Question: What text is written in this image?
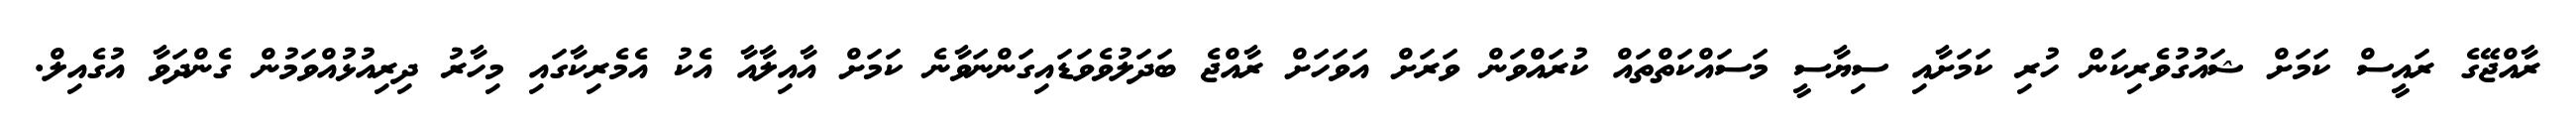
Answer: ރާއްޖޭގެ ރައީސް ކަމަށް ޝައުގުވެރިކަން ހުރި ކަމަށާއި ސިޔާސީ މަސައްކަތްތައް ކުރައްވަން ވަރަށް އަވަހަށް ރާއްޖެ ބަދަލުވެވަޑައިގަންނަވާނެ ކަމަށް އާއިލާއާ އެކު އެމެރިކާގައި މިހާރު ދިރިއުޅުއްވަމުން ގެންދަވާ އުގެއިލް.